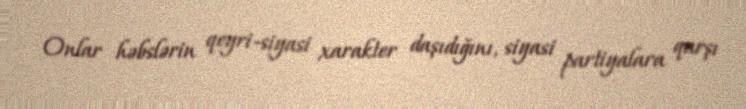
Onlar həbslərin qeyri-siyasi xarakter daşıdığını, siyasi partiyalara qarşı